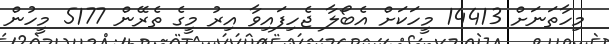
މިހާތަނަށް 14413 މީހަކަށް އެބޯލާ ޖެހިފައިވާ އިރު މީގެ ތެރޭން 5177 މީހުން